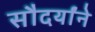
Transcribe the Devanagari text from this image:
सौदर्यांने